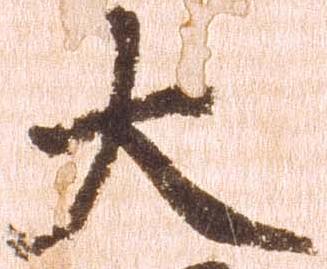
大